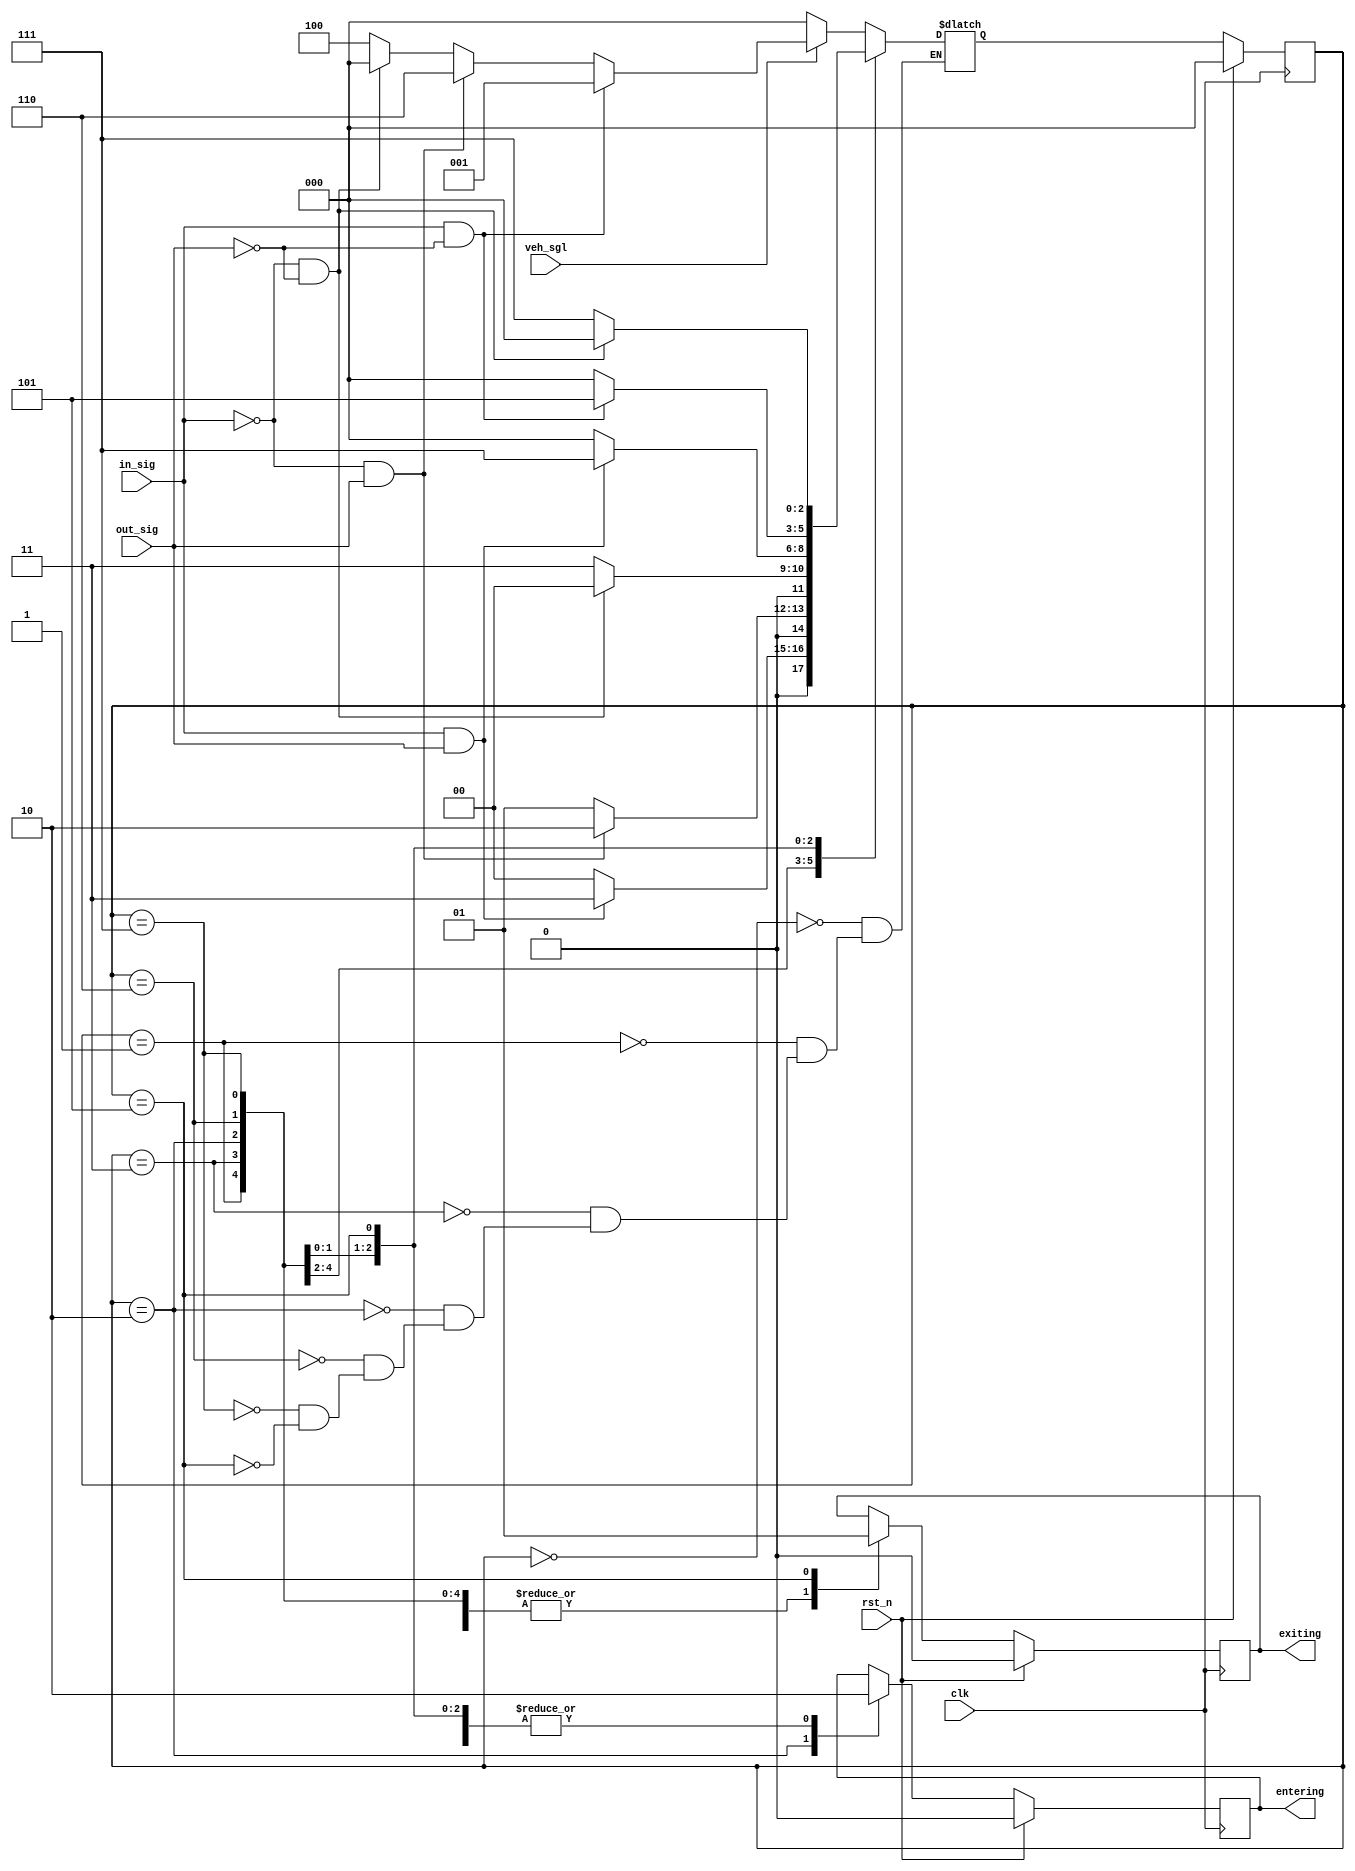
/*-------------------------------------------------------------------------------------------------------------
 Design Name : Parking lot using Finite State Machine       
 File Name: parkin_lot.v
----------------------------------------------------------------------------------------------------------------*/
module parkin_lot (
    rst_n     , //Active low, syn reset
    clk       , //clock
    in_sig    , //input signal
    out_sig   , // output signal
    veh_sgl   , // vehicle incoming and exiting signal 
    entering  , // output signal which says the vehicle is entered
    exiting     // output signal which says the vehicle is exited 
    );
    
    //---------------------------------------- INPUT PORTS --------------------------------------------------------//

    input rst_n, clk, in_sig, out_sig, veh_sgl;

    //---------------------------------------- OUTPUT PORTS -------------------------------------------------------//

    output entering, exiting;

    //----------------------------------------- INPUT DATA TYPES --------------------------------------------------//

    wire clk, rst_n, in_sig, out_sig, veh_sgl; 

    //----------------------------------------- OUTPUT DATA TYPES -------------------------------------------------//

    reg entering, exiting;

    //----------------------------------------- INTERNAL CONSTANTS ------------------------------------------------//

    parameter size = 3;

    parameter idle          =           3'd0,
              car_enter     =           3'd1,
              half_enter    =           3'd3,
              almost_enter  =           3'd2,
              car_exit      =           3'd6,
              half_exit     =           3'd7,
              almost_exit   =           3'd5,
              invalid       =           3'd4;
    
    //----------------------------------------- INTERNAL VARIABLES -------------------------------------------------//

    reg     [size-1:0]     state;  // sequential part of the FSM
    reg     [size-1:0]     next_state; //Combinational part of the FSM

    //----------------------------------------- COMBINATIONAL LOGIC ------------------------------------------------//

    always@ (state or in_sig or out_sig)
        begin
            next_state <= 3'd0;
                case (state)
                    idle:	        begin
                                        if(veh_sgl == 1'd1)
                                            begin
                                                if (in_sig == 1'd1 && out_sig == 1'd0)
                                                    begin
                                                        next_state <= car_enter;
                                                    end
                                                else if (in_sig == 1'd0 && out_sig == 1'd1)
                                                    begin
                                                        next_state <= car_exit;
                                                    end
                                                else if (in_sig == 1'd0 && out_sig == 1'd0)
                                                    begin
                                                        next_state <= idle;
                                                    end
                                                else
                                                    begin
                                                        next_state <=invalid ;
                                                    end
                                            end
                                        else
                                            begin
                                                next_state<=idle;
                                            end
                                    end
        
                    car_enter:		begin
                                        if (in_sig == 1'd1 && out_sig == 1'd1)
                                            begin
                                                next_state <= half_enter;
                                            end
                                        else
                                            begin
                                                next_state <= idle;
                                            end
                                    end

                    half_enter:		begin
                                        if (in_sig == 1'd0 && out_sig == 1'd1)
                                            begin
                                                next_state <= almost_enter;
                                            end
                                        else
                                            begin
                                                next_state <= car_enter;
                                            end
                                    end

                    almost_enter:	begin // output comes entering as one in here
                                        if (in_sig == 1'd0 && out_sig == 1'd0)
                                            begin
                                                next_state = idle;
                                            end
                                        else
                                            begin
                                                next_state <= half_enter;
                                            end
                                    end

                    car_exit:		begin
                                        if (in_sig == 1'd1 && out_sig == 1'd1)
                                            begin
                                                next_state <= half_exit;
                                            end
                                        else
                                            begin
                                                next_state <= idle;
                                            end
                                    end

                    half_exit:		begin
                                        if (in_sig == 1'd1 && out_sig == 1'd0)
                                            begin
                                                next_state <= almost_exit;
                                            end
                                        else
                                            begin
                                                next_state <= idle;
                                            end
                                    end

                    almost_exit:	begin // output comes exiting as one in here
                                        if (in_sig == 1'd0 && out_sig == 1'd0)
                                            begin
                                                next_state = idle;
                                            end
                                        else
                                            begin
                                                next_state <= half_exit;
                                            end
                                    end
                endcase
        end

    //------------------------------------ SEQUENTIAL LOGIC -------------------------------------------------------//

    always @( posedge clk )
        begin
            if(rst_n)
                begin
                    state <= idle;
                end
            else
                begin
                    state <= next_state;
                end
        end
    
    //------------------------------------------- OUTPUT LOGIC -----------------------------------------------------//
    
    always @(posedge clk) 
    begin
        if (rst_n)
            begin
                entering <= 1'd0;
                exiting <= 1'd0;
            end 
        else 
            begin
                case (state)
                    idle:	        begin
                                        entering <= 1'd0;
                                        exiting <= 1'd0; 
                                    end
        
                    car_enter:		begin
                                        entering <= 1'd0;
                                        exiting <= 1'd0; 
                                    end

                    half_enter:		begin
                                        entering <= 1'd0;
                                        exiting <= 1'd0;  
                                    end

                    almost_enter:	begin // output comes entering as one in here
                                        entering <= 1'd1;
                                        exiting <= 1'd0;                                                                                                    
                                    end

                    car_exit:		begin
                                        entering <= 1'd0;
                                        exiting <= 1'd0;  
                                    end

                    half_exit:		begin
                                        entering <= 1'd0;
                                        exiting <= 1'd0;                                                                                
                                    end

                    almost_exit:	begin // output comes exiting as one in here
                                        entering <= 1'd0;
                                        exiting <= 1'd1;  
                                    end
                endcase 
            end
    end    

endmodule